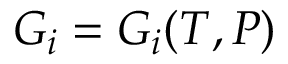
G _ { i } = G _ { i } ( T , P )